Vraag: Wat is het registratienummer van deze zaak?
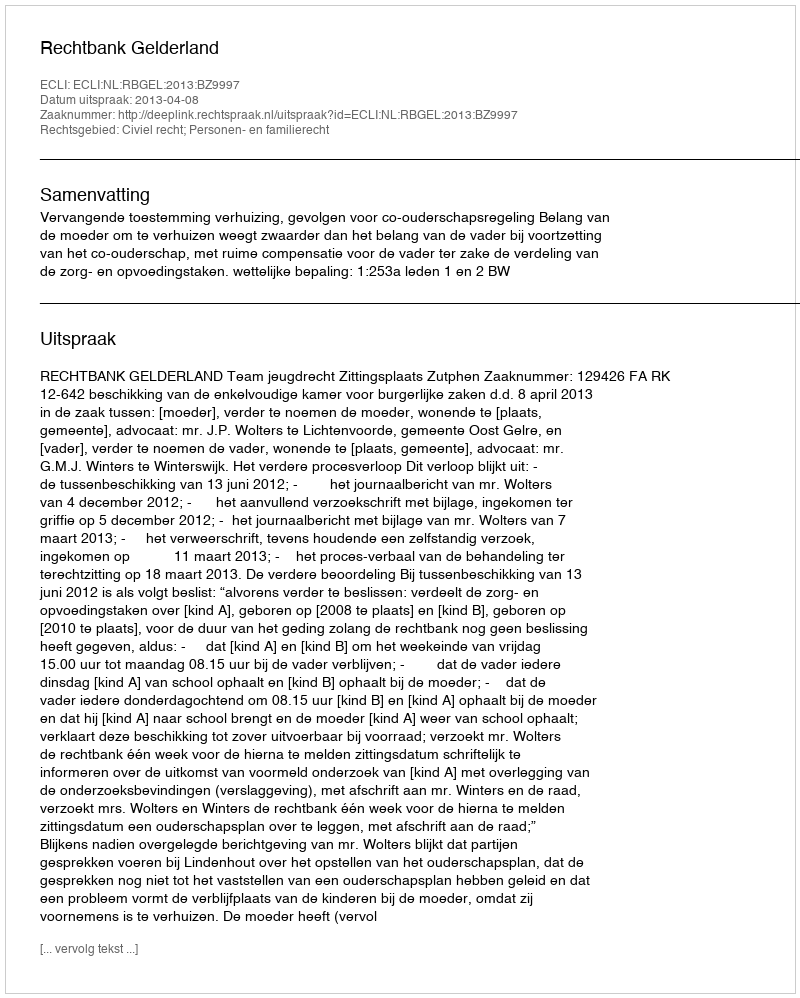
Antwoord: http://deeplink.rechtspraak.nl/uitspraak?id=ECLI:NL:RBGEL:2013:BZ9997